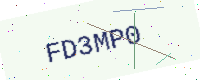
Text: FD3MP0